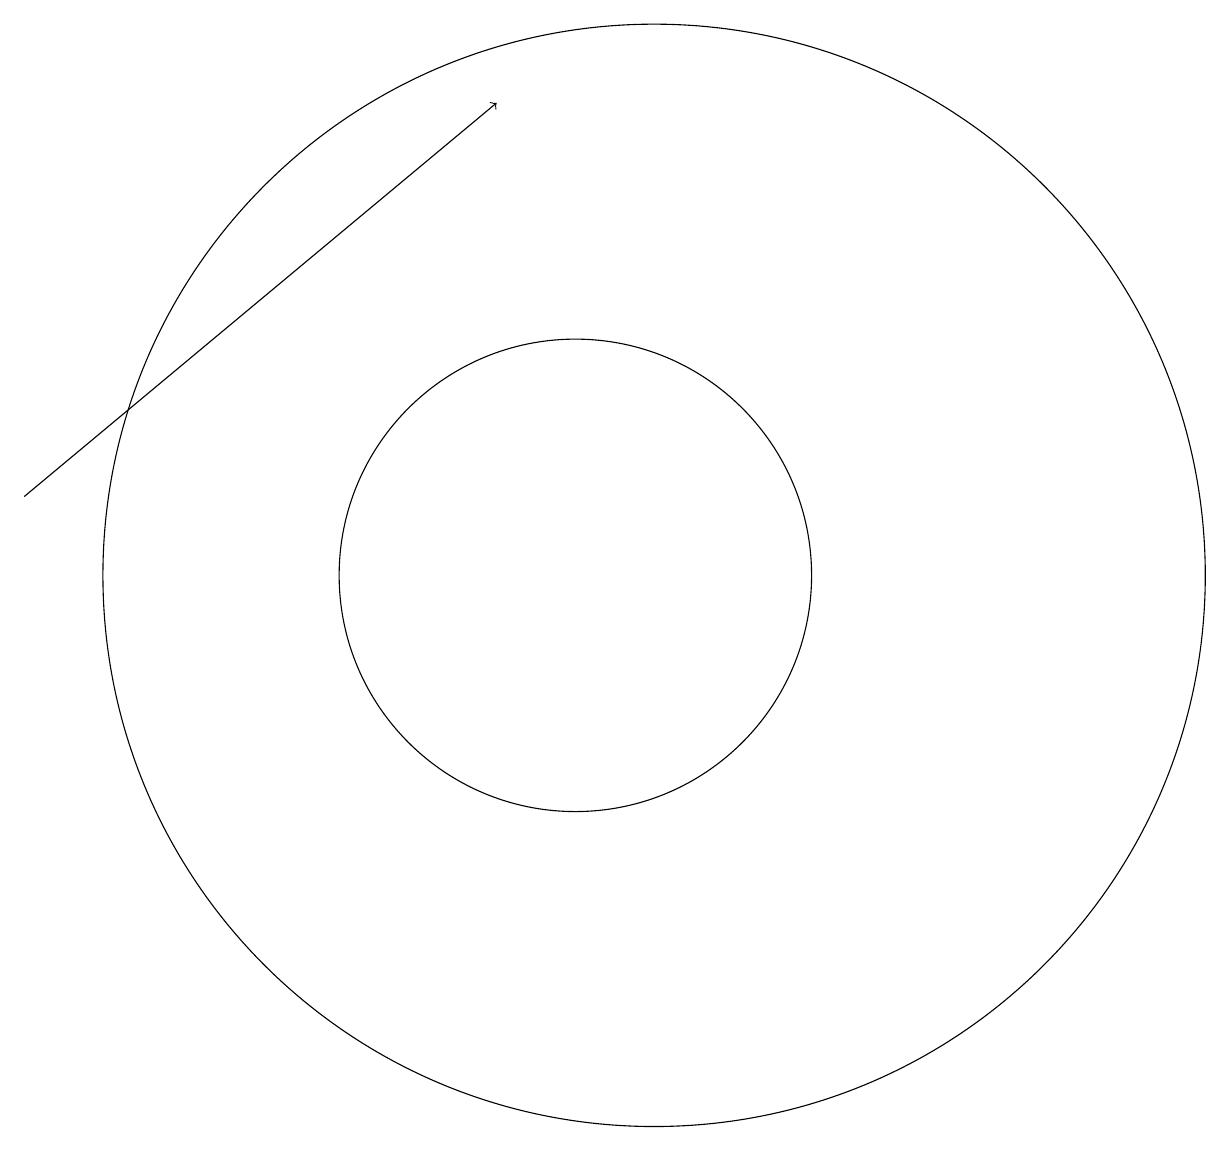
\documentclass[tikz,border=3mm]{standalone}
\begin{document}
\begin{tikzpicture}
\draw[->] (3,13) -- (9,18);
\draw (11,12) circle (7);
\draw (10,12) circle (3);
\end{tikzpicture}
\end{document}